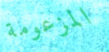
المزعومة